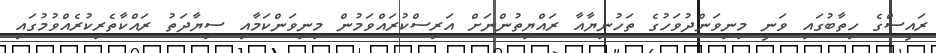
ރައީސްގެ ހިތާބުގައި ވަނީ މިނިވަންދުވަހުގެ ތަހުނިޔާއާ ރައްޔިތުންނަށް އަރިސްކުރައްވަމުން މިނިވަންކަމާއި ސިޔާދަތު ރައްކާތެރިކުރެއްވުމުގައި